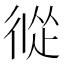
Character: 𢔩